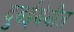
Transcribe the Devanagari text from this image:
दुबईयेथील